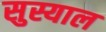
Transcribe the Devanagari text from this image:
सुस्याल